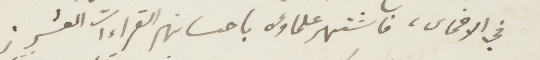
في الاخماس، فاشتهر علماؤه باحسانهم القراءات العشر.